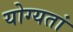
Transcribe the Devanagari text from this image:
योग्यतां